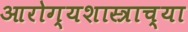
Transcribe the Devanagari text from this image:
आरोग्यशास्त्राच्या